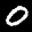
Label: 0